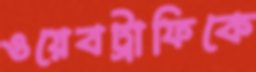
ওয়েবট্রাফিকে